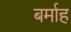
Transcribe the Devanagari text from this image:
बर्माह